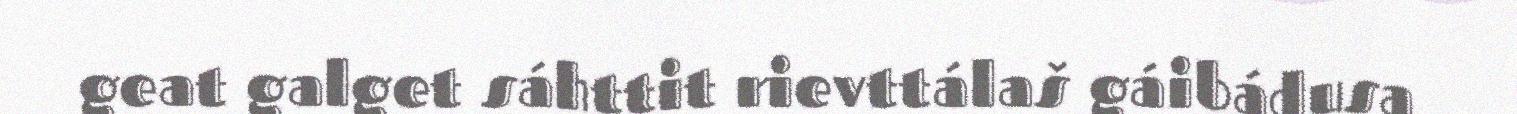
geat galget sáhttit rievttálaš gáibádusa